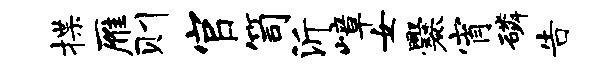
揲雁则官笥沂嶂女爨宵磷告